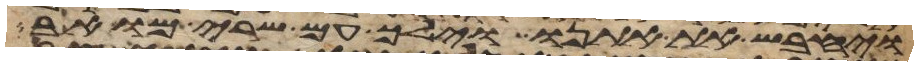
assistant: ויחבש את אתנו וילך עם שרי מואב